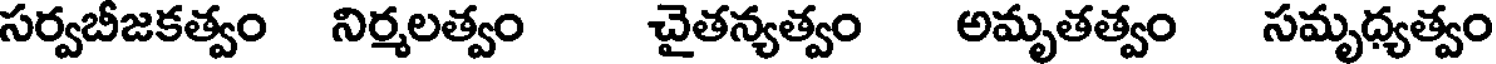
సర్వబీజకత్వం నిర్మలత్వం చైతన్యత్వం అమృతత్వం సమృధ్యత్వం